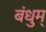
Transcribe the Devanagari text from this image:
बंधुम्